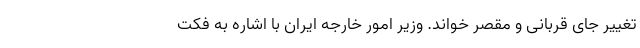
تغییر جای قربانی و مقصر خواند. وزیر امور خارجه ایران با اشاره به فکت